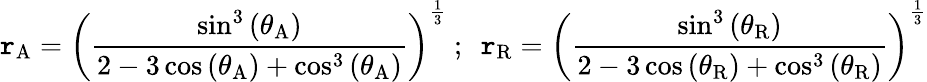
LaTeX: \mathtt{r}_{\mathrm{{A}}}=\left({\frac{{\sin^{3}\left(\theta_{\mathrm{{A}}}\right)}}{{2-3\cos\left(\theta_{\mathrm{{A}}}\right)+\cos^{3}\left(\theta_{\mathrm{{A}}}\right)}}}\right)^{\frac{{1}}{{3}}}~;~~\mathtt{r}_{\mathrm{{R}}}=\left({\frac{{\sin^{3}\left(\theta_{\mathrm{{R}}}\right)}}{{2-3\cos\left(\theta_{\mathrm{{R}}}\right)+\cos^{3}\left(\theta_{\mathrm{{R}}}\right)}}}\right)^{\frac{{1}}{{3}}}